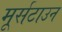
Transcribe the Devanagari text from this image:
मूर्सटाउन